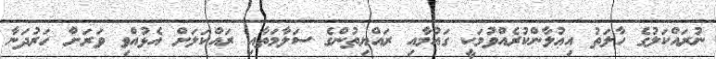
ނުރައްކަލުގެ ހާލަތު އިޢުލާންކުރެއްވުމަކީ ގައުމާއި ރައްޔިތުންގެ ސަލާމަތާއި ރައްކަލަށް އެޅުއްވި ވަރަށް ހަރުދަނާ